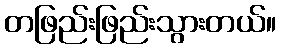
တဖြည်းဖြည်းသွားတယ်။